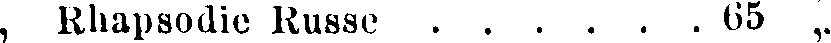
, Rhapsodie Russe . . . . . . 65 „